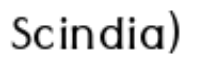
Scindia)